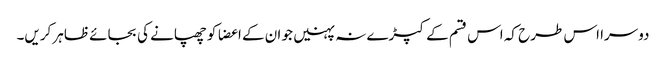
دوسرا اس طرح کہ اس قسم کے کپڑے نہ پہنیں جو ان کے اعضا کو چھپانے کی بجائے ظاہر کریں۔